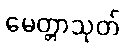
မေတ္တာသုတ်